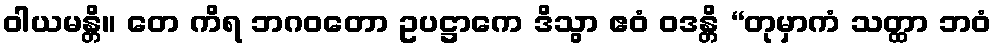
ဝါယမန္တိ။ တေ ကိရ ဘဂဝတော ဥပဋ္ဌာကေ ဒိသွာ ဧဝံ ဝဒန္တိ “တုမှာကံ သတ္ထာ ဘဝံ